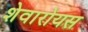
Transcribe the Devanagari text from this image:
शेवारोयस